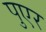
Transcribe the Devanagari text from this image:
पुएर